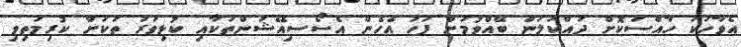
އެވާހަކަ ހާއްސަކޮށް ދައްކަލަން ބޭއްވުމަށް ފަހު އެހެން އެސޯސިއޭޝަންތަކާއި ކުޅިވަރު ތަކަށް ކުރިމަތިވި